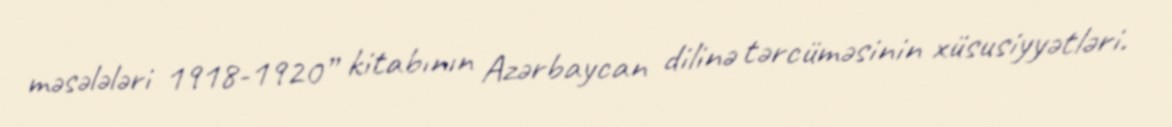
məsələləri 1918-1920” kitabının Azərbaycan dilinə tərcüməsinin xüsusiyyətləri.